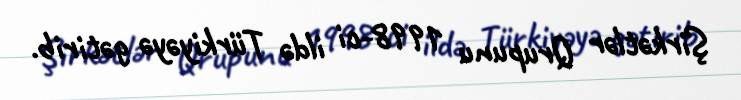
Şirkətlər Qrupunu 1998-ci ildə Türkiyəyə gətirib.